Indian journal of veterinary science and animal husbandry - Volume 14,
Year: 1944
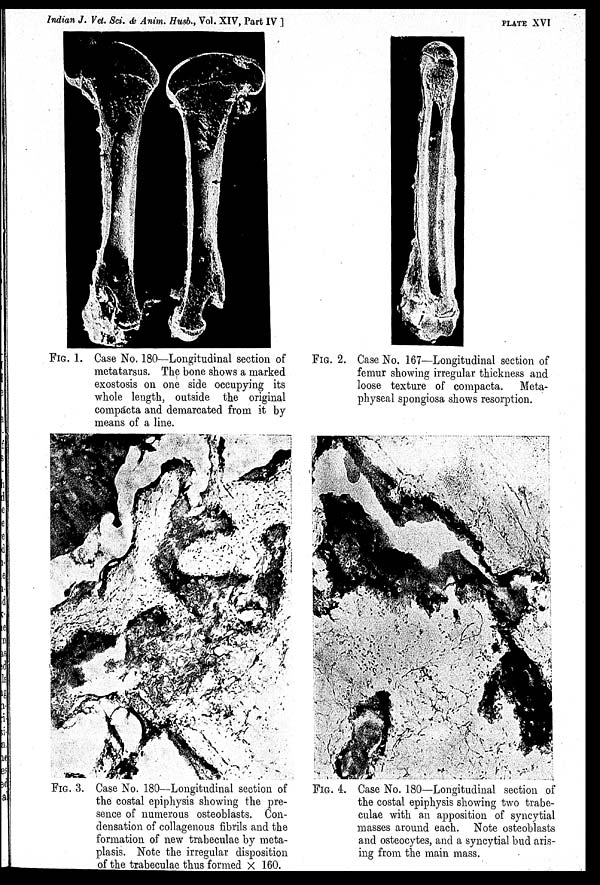
Indian
J.
Vet.
Sci.
&
Anim.
Husb.,
Vol.
XIV,
Part
IV
]
PLATE
XVI
FIG. 1. Case No. 180—Longitudinal section of
metatarsus. The bone shows a marked
exostosis on one side occupying its
whole length, outside the original
compacta and demarcated from it by
means of a line.
FIG. 2. Case No. 167—Longitudinal section of
femur showing irregular thickness and
loose texture of compacta. Meta-
physeal spongiosa shows resorption.
FIG. 3. Case No. 180—Longitudinal section of
the costal epiphysis showing the pre-
sence of numerous osteoblasts. Con-
densation of collagenous fibrils and the
formation of new trabeculae by meta-
plasis. Note the irregular disposition
of the trabeculae thus formed × 160.
FIG. 4. Case No. 180—Longitudinal section of
the costal epiphysis showing two trabe-
culae with an apposition of syncytial
masses around each. Note osteoblasts
and osteocytes, and a syncytial bud aris-
ing from the main mass.